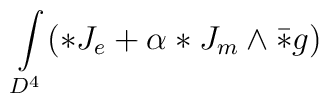
\int\limits_{D^4}(*J_e+\alpha *J_m\wedge \bar{*}g)